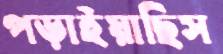
পড়াইয়াছিস